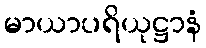
မာယာပရိယုဋ္ဌာနံ